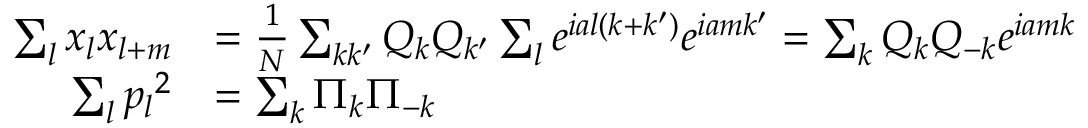
{ \begin{array} { r l } { \sum _ { l } x _ { l } x _ { l + m } } & { = { \frac { 1 } { N } } \sum _ { k k ^ { \prime } } Q _ { k } Q _ { k ^ { \prime } } \sum _ { l } e ^ { i a l \left( k + k ^ { \prime } \right) } e ^ { i a m k ^ { \prime } } = \sum _ { k } Q _ { k } Q _ { - k } e ^ { i a m k } } \\ { \sum _ { l } { p _ { l } } ^ { 2 } } & { = \sum _ { k } \Pi _ { k } \Pi _ { - k } } \end{array} }